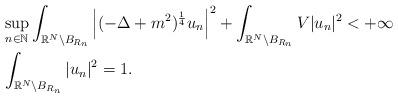
LaTeX: \begin{align*}&\sup_{n\in\mathbb{N}} \int_{\mathbb{R}^N \setminus B_{R_n}} \left| (-\Delta+m^2)^\frac{1}{4}u_n \right|^2 + \int_{\mathbb{R}^N \setminus B_{R_n}} V |u_n|^2 < +\infty \\&\int_{\mathbb{R}^N\setminus B_{R_n}} |u_n|^2 =1. \end{align*}